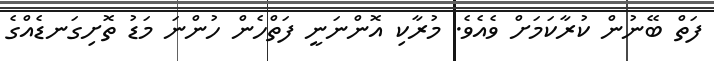
ފަތް ބޭނުން ކުރާކަމަށް ވެއެވެ. މުރާކި އޮންނަނީ ފަތްހެން ހުންނަ މަޑު ތޮށިގަނޑެއްގެ